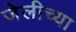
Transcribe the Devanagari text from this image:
जेलीच्या